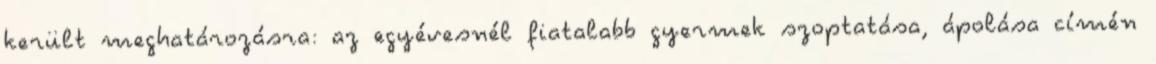
került meghatározásra: az egyévesnél fiatalabb gyermek szoptatása, ápolása címén